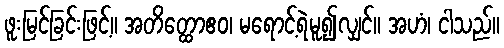
ဖူးမြင်ခြင်းဖြင့်။ အတိတ္ထောဧဝ၊ မရောင့်ရဲမူ၍လျှင်။ အဟံ၊ ငါသည်။